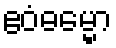
ဧဝံဓမ္မော